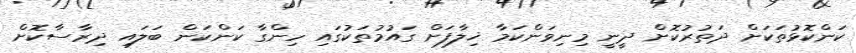
ކަންކޮޅުތަކަށް ދަތުރުކޮށް ދީނީ މިނިވަންކަމާ ޚިލާފަށް ގައުމުތަކުގައި ހިންގާ ކަންކަން ބަލައި ދިރާސާކޮށް